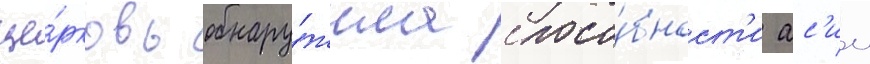
це́рковь обнару́жила спосо́бност'и ас'ии